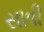
સાવી